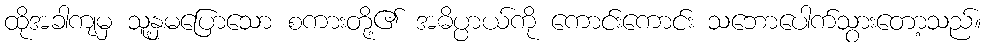
ထိုအခါကျမှ သူ့နှမပြောသော စကားတို့၏ အဓိပ္ပာယ်ကို ကောင်းကောင်း သဘောပေါက်သွားတော့သည်။